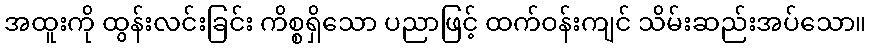
အထူးကို ထွန်းလင်းခြင်း ကိစ္စရှိသော ပညာဖြင့် ထက်ဝန်းကျင် သိမ်းဆည်းအပ်သော။